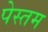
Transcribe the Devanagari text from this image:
पेस्तम